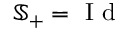
\mathbb { S } _ { + } = \mathrm { ~ I ~ d ~ }